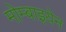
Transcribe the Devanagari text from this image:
मोम्बाइयेन